65_HS1-834228961_62-HQ-83894_Section_5
Agency: FBI
Page 197
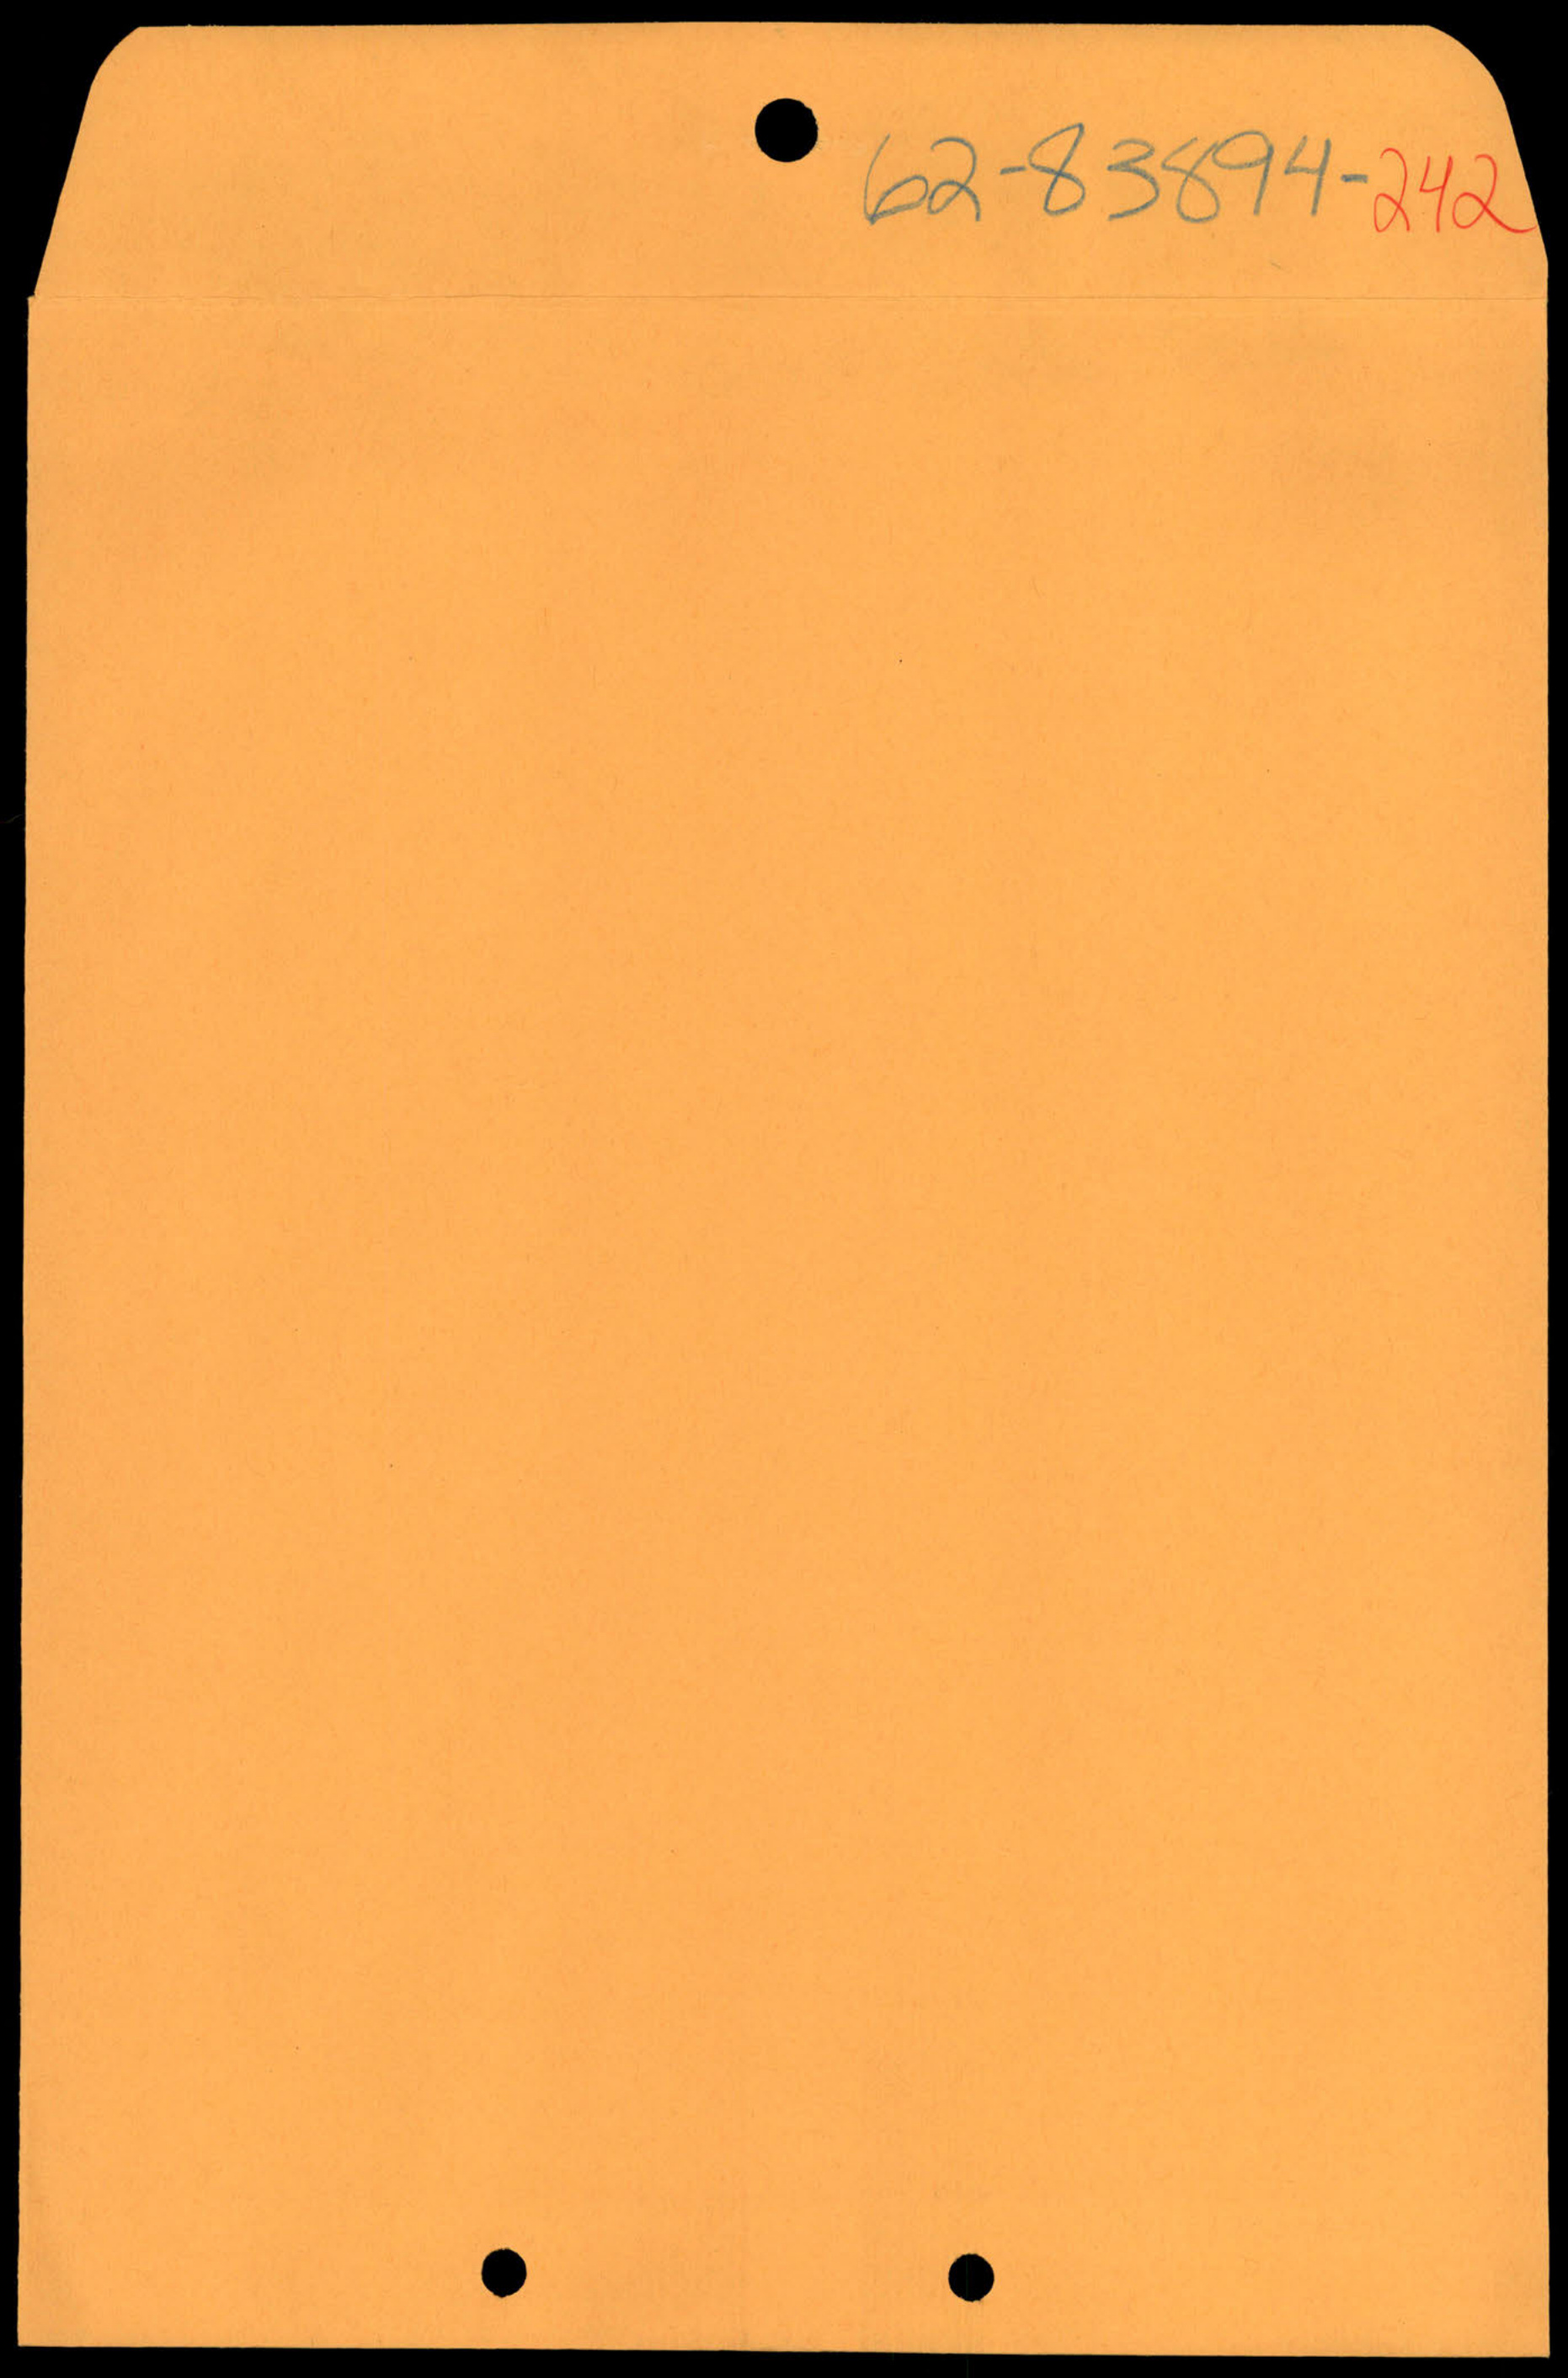